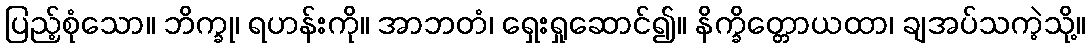
ပြည့်စုံသော။ ဘိက္ခု၊ ရဟန်းကို။ အာဘတံ၊ ရှေးရှုဆောင်၍။ နိက္ခိတ္တောယထာ၊ ချအပ်သကဲ့သို့။